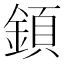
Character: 顉